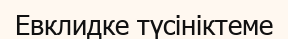
Евклидке түсініктеме